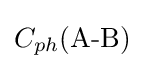
C_{ph}{\text{(A-B)}}